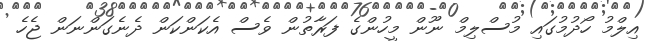
އިލްމު ހޯދުމުގައި މުސްލިމް ނޫން މީހުންގެ ފަރާތުން ވެސް އެކަންކަން ދެނެގަންނަން ޖެހެ